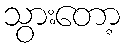
သွားတော့